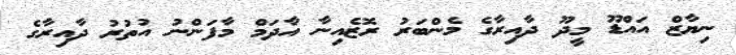
ނިޔާޒް އައްޑޫ މީދޫ ދާއިރާގެ މެންބަރު ރޮޒެއިނާ އާދަމް މާފަންނު އުތުރު ދާއިރާގެ